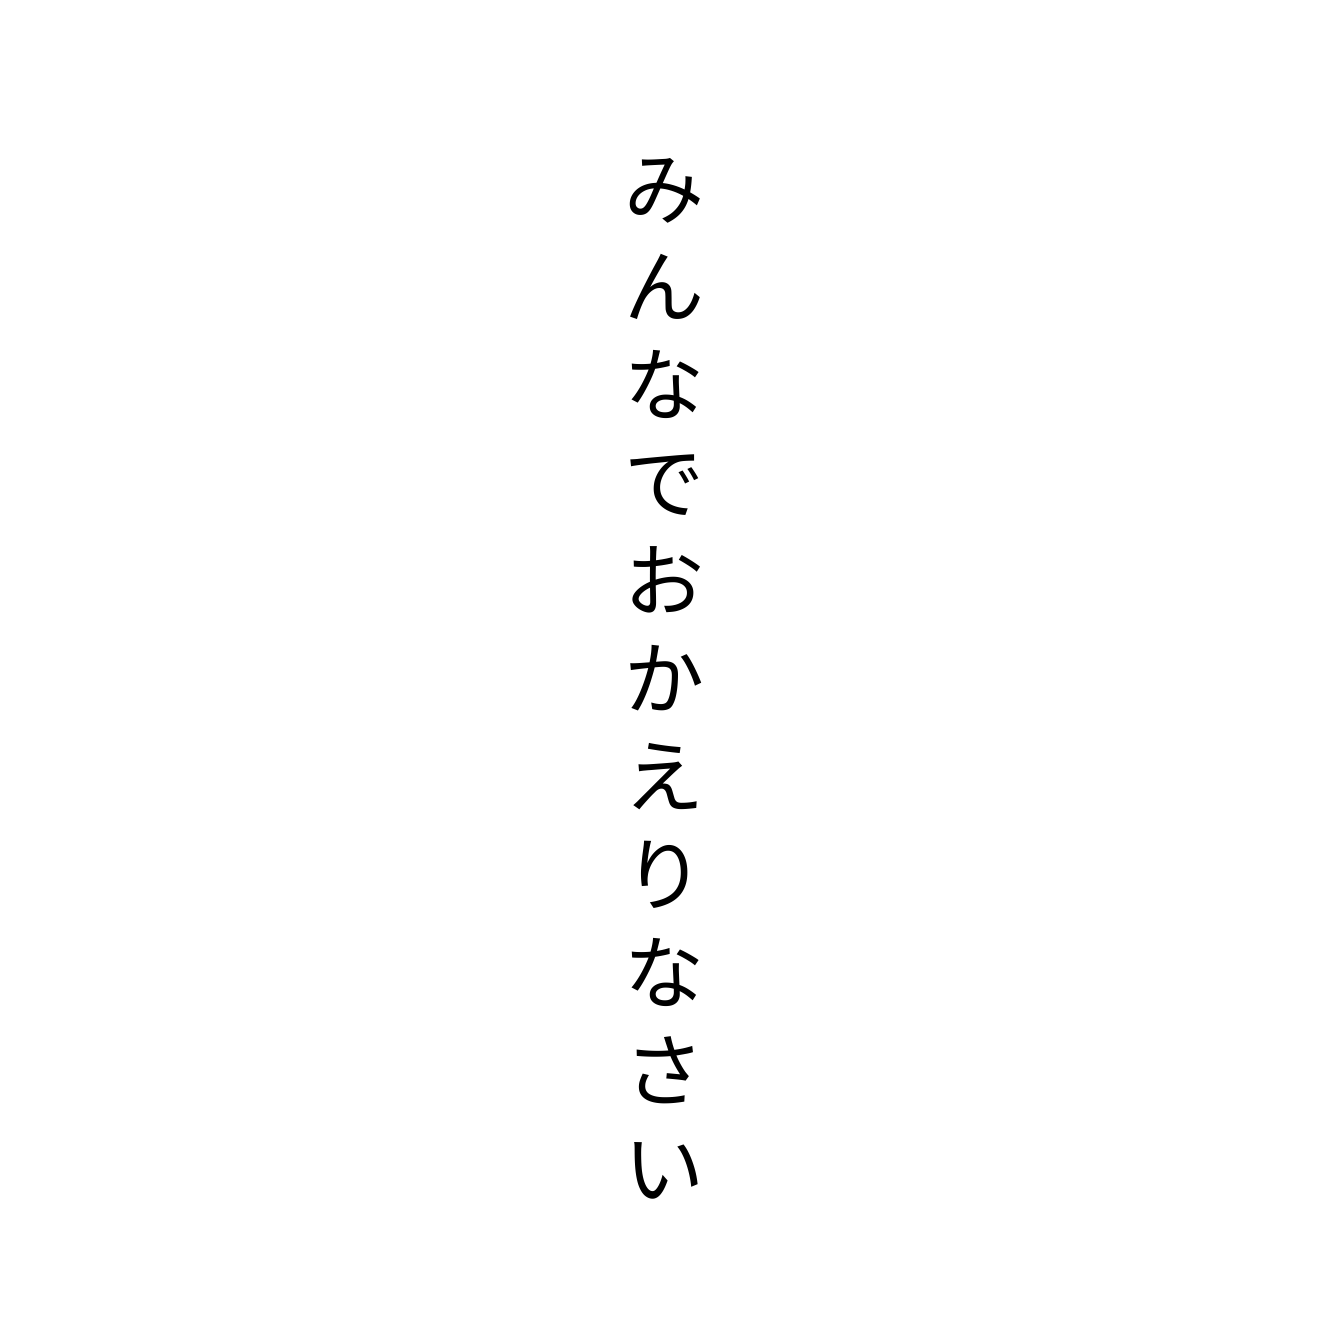
みんなでおかえりなさい